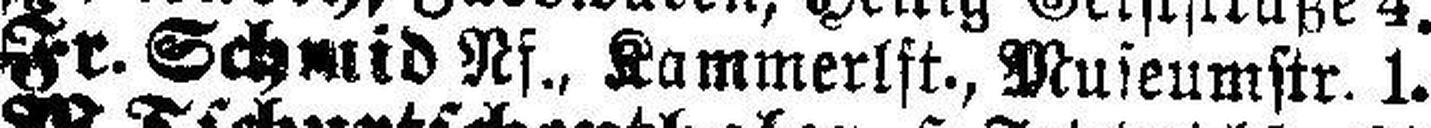
Fr. Schmid Rf., Kammerlft., Museumstr. 1.